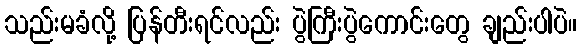
သည်းမခံလို့ ပြန်တီးရင်လည်း ပွဲကြီးပွဲကောင်းတွေ ချည်းပါပဲ။